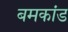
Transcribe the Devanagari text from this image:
बमकांड